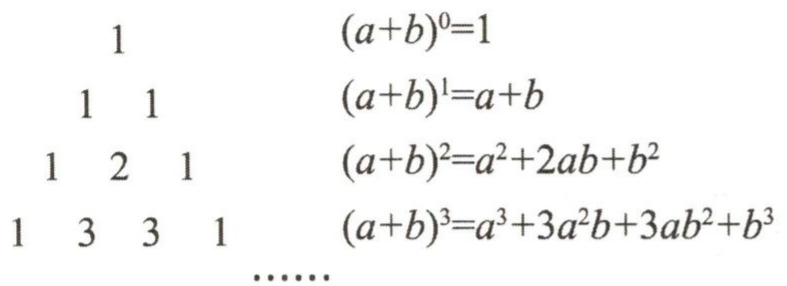
\[
\begin{array}{ccccccc}
& & & 1 & & & (a + b)^0 = 1 \\
& & 1 & & 1 & & (a + b)^1 = a + b \\
& 1 & & 2 & & 1 & (a + b)^2 = a^2 + 2ab + b^2 \\
1 & & 3 & & 3 & & 1 & (a + b)^3 = a^3 + 3a^2b + 3ab^2 + b^3 \\
\end{array}
\]